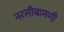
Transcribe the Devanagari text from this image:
नरसीबामणी